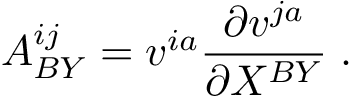
A _ { B Y } ^ { i j } = v ^ { i a } { \frac { \partial v ^ { j a } } { \partial X ^ { B Y } } } \; .